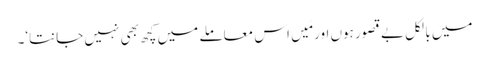
میں بالکل بے قصور ہوں اور مَیں اس معاملے میں کچھ بھی نہیں جانتا‘۔